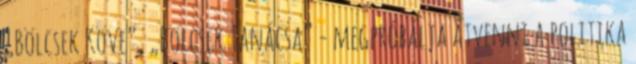
„Bölcsek Köve”, „Böl­csek Tanácsa” - megpróbálja átvenni a politika